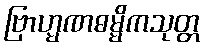
ဗြာဟ္မဏဓမ္မိကသုတ္တ